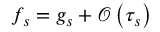
f _ { s } = g _ { s } + \mathcal { O } \left( \tau _ { s } \right)